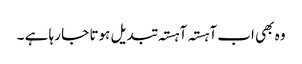
وہ بھی اب آہستہ آہستہ تبدیل ہوتا جا رہا ہے ۔